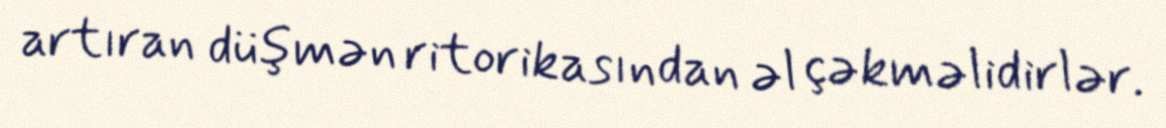
artıran düşmən ritorikasından əl çəkməlidirlər.